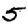
Digit: 5